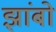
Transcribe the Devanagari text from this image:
झांबो